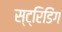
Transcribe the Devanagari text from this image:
स्ट्रिडिंग